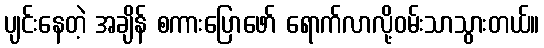
ပျင်းနေတဲ့ အချိန် စကားပြောဖော် ရောက်လာလို့ဝမ်းသာသွားတယ်။